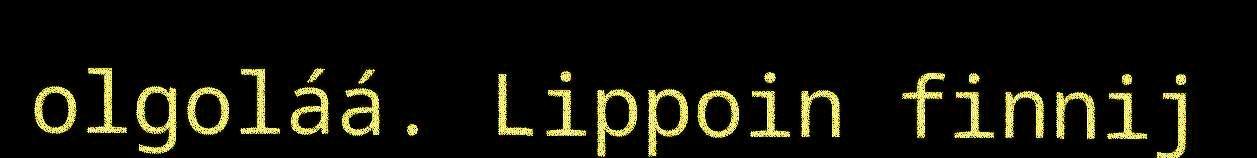
olgoláá. Lippoin finnij